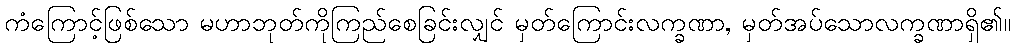
ကံကြောင့်ဖြစ်သော မဟာဘုတ်ကိုကြည်စေခြင်းလျှင် မှတ်ကြောင်းလက္ခဏာ, မှတ်အပ်သောလက္ခဏာရှိ၏။